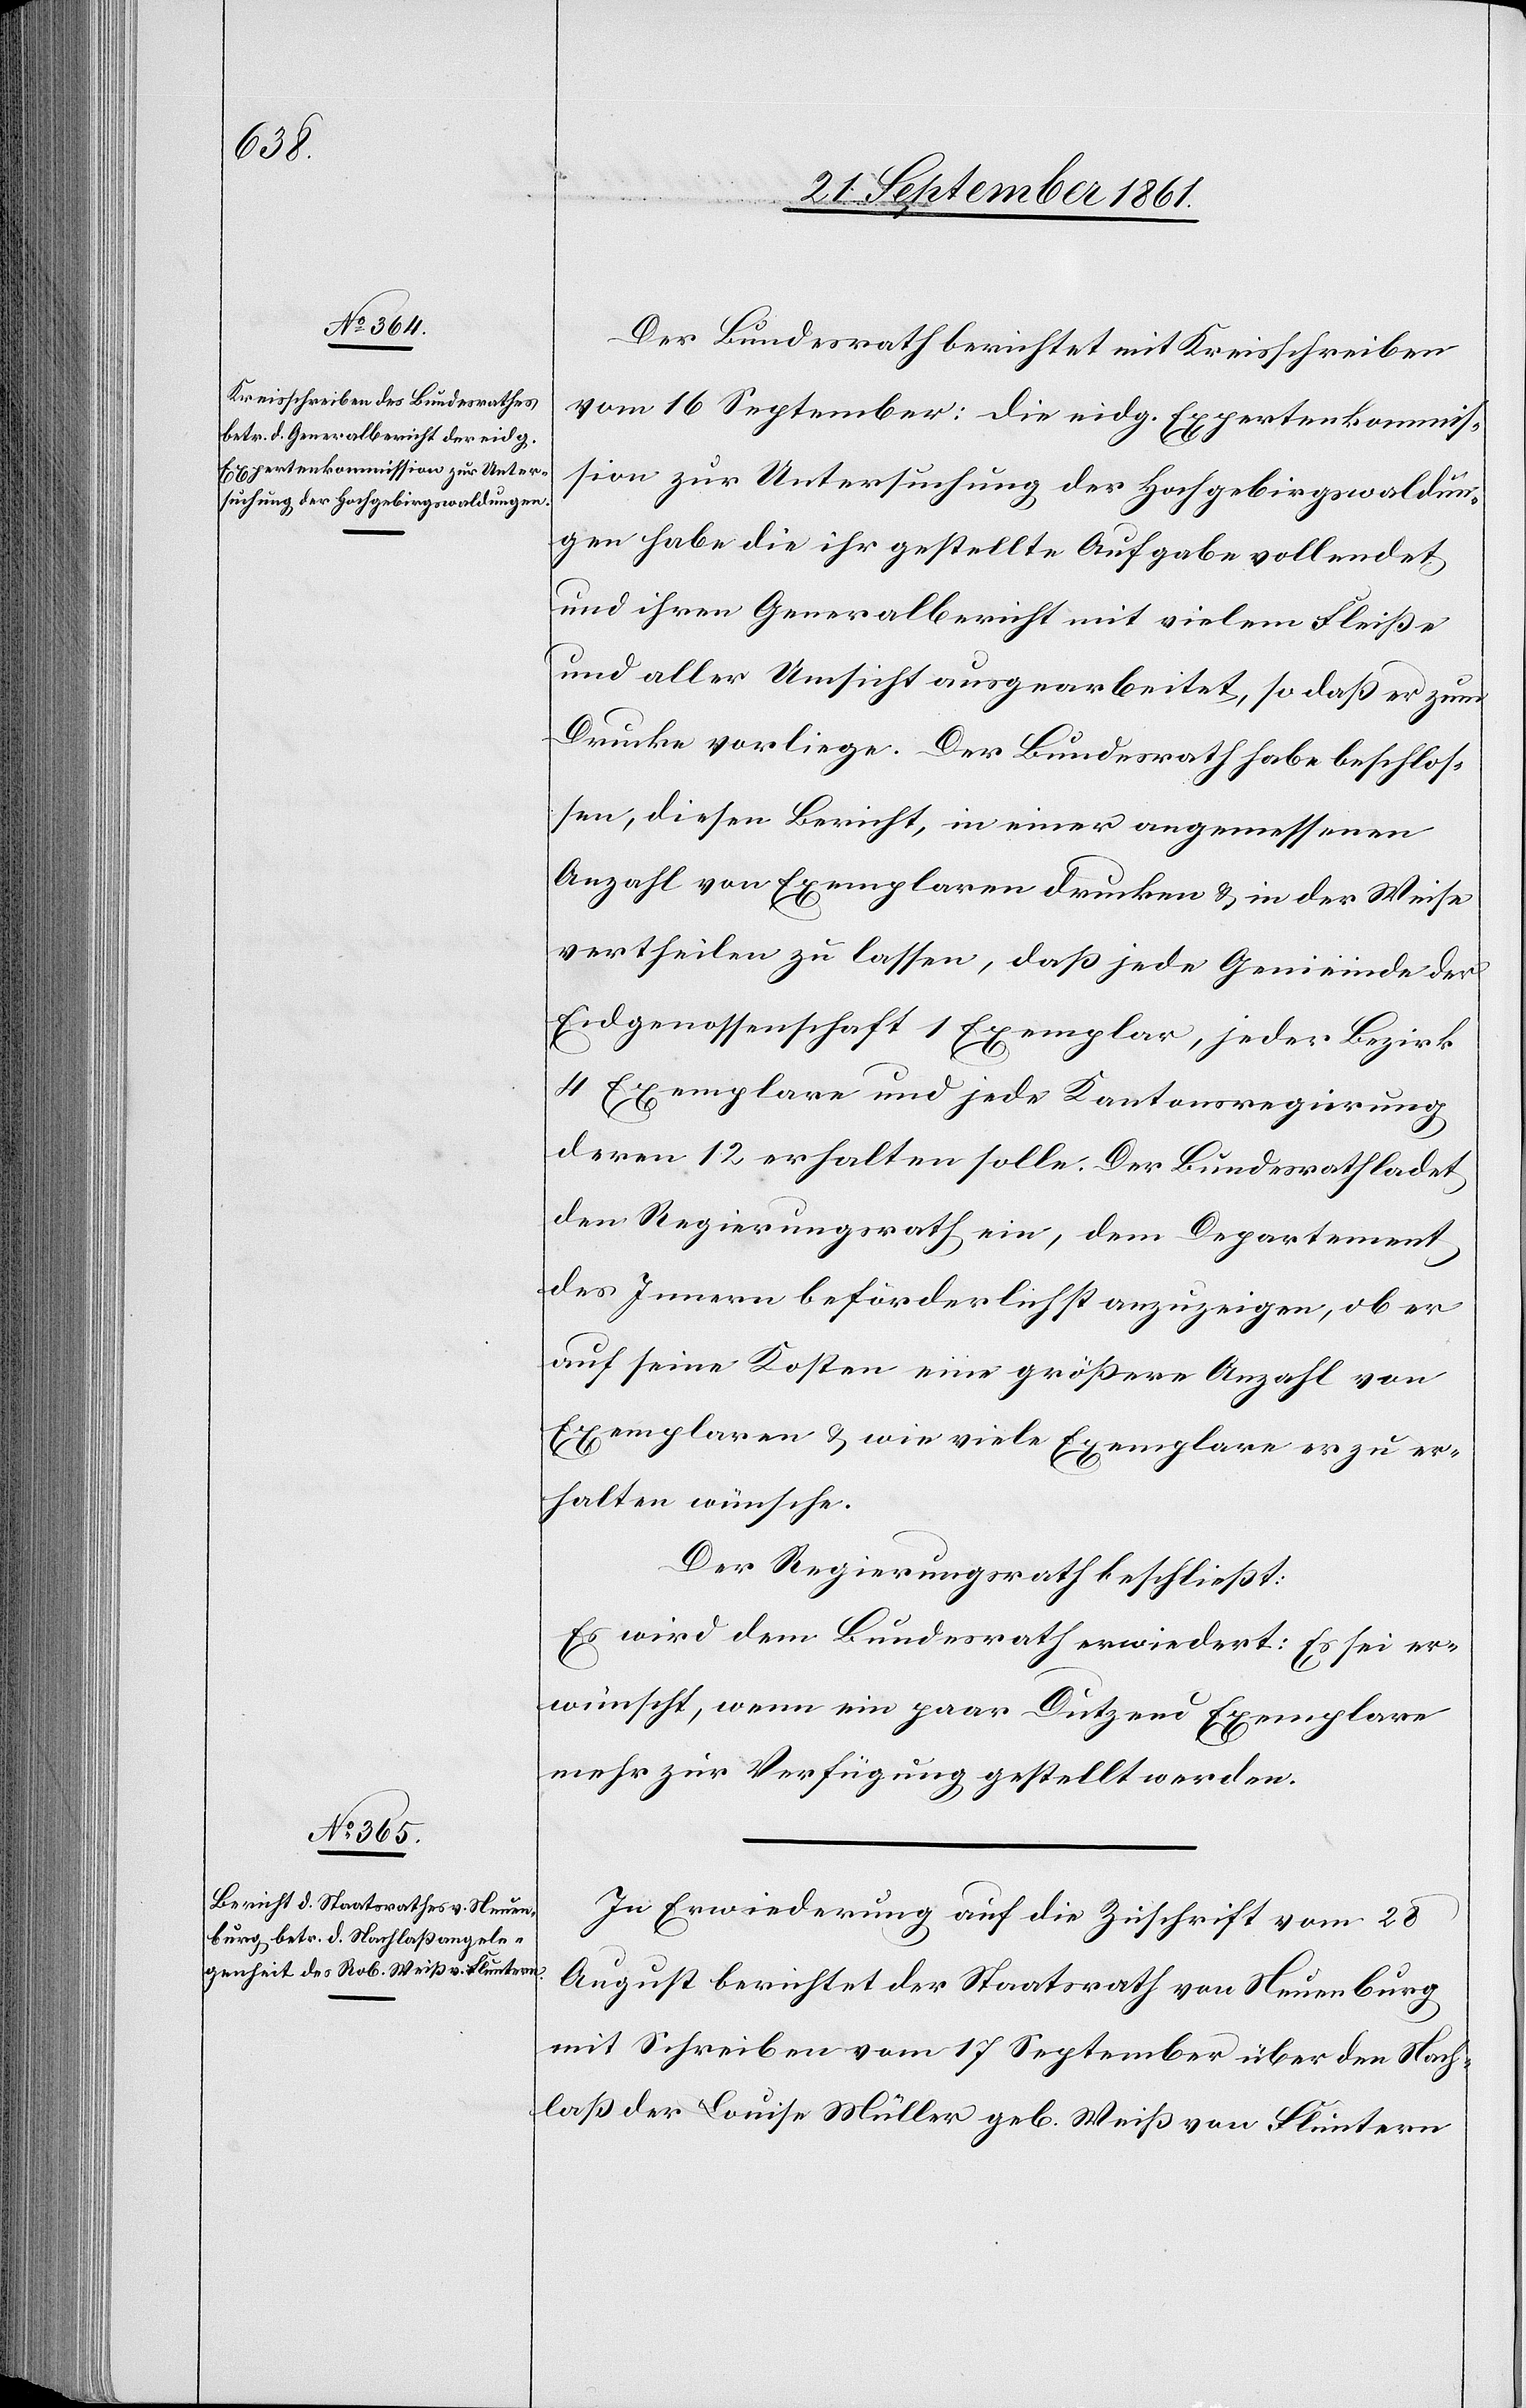
Der Bundesrath berichtet mit Kreisschreiben
vom 16 September: die eidg. Expertenkommis¬
sion zur Untersuchung der Hochgebirgswaldun¬
gen habe die ihr gestellte Aufgabe vollendet
und ihren Generalbericht mit vielem Fleiße
und aller Umsicht ausgearbeitet, so daß er zum
Drucke vorliege. Der Bundesrath habe beschlos¬
sen, diesen Bericht, in einer angemessenen
Anzahl von Exemplaren drucken u. in der Weise
vertheilen zu lassen, daß jede Gemeinde der
Eidgenossenschaft 1 Exemplar, jeder Bezirk
4 Exemplare und jede Kantonsregierung
deren 12 erhalten solle. Der Bundesrath ladet
den Regierungsrath ein, dem Departement
des Innern beförderlichst anzuzeigen, ob er
auf seine Kosten eine größere Anzahl von
Exemplaren u. wie viele Exemplare er zu er¬
halten wünsche.
Der Regierungsrath beschließt:
Es wird dem Bundesrath erwiedert: Es sei er¬
wünscht, wenn ein paar Dutzend Exemplare
mehr zur Verfügung gestellt werden.
In Erwiederung auf die Zuschrift vom 28
August berichtet der Staatsrath von Neuenburg
mit Schreiben vom 17 September über den Nach¬
laß der Louise Müller geb. Weiß von Fluntern